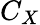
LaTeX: C_{X}